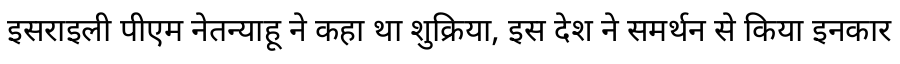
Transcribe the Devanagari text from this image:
इसराइली पीएम नेतन्याहू ने कहा था शुक्रिया, इस देश ने समर्थन से किया इनकार